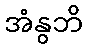
အံနွဘိ